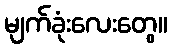
မျက်ခုံးလေးတွေ။